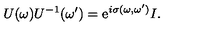
U ( \omega ) U ^ { - 1 } ( \omega ^ { \prime } ) = \mathrm { e } ^ { i \sigma ( \omega , \omega ^ { \prime } ) } I .